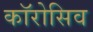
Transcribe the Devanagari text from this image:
काॅरोसिव